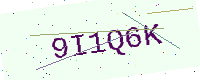
Text: 9I1Q6K